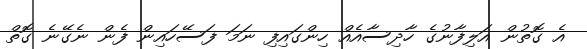
އެ ގޮތުން އަލިފާނުގެ ހާދިސާއެއް ހިންގައިފި ނަމަ ފަސޭހައިން ފެން ނެގޭނެ ގޮތް